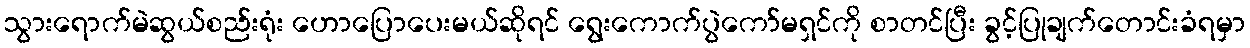
သွားရောက်မဲဆွယ်စည်းရုံး ဟောပြောပေးမယ်ဆိုရင် ရွေးကောက်ပွဲကော်မရှင်ကို စာတင်ပြီး ခွင့်ပြုချက်တောင်းခံရမှာ